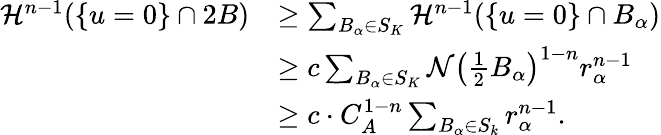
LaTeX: \begin{array}{rl}{\mathcal{H}^{n-1}(\{ u=0\} \cap 2B)}&{\geq\sum_{B_{\alpha}\in S_{K}}\mathcal{H}^{n-1}(\{ u=0\} \cap B_{\alpha})}\\ &{\geq c\sum_{B_{\alpha}\in S_{K}}\mathcal{N}\left(\frac{1}{2}B_{\alpha}\right)^{1-n}r_{\alpha}^{n-1}}\\ &{\geq c\cdot C_{A}^{1-n}\sum_{B_{\alpha}\in S_{k}}r_{\alpha}^{n-1}.}\end{array}